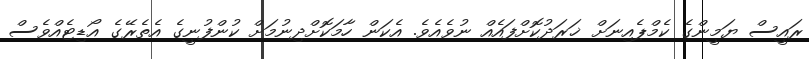
ރައީސް ޔަމީންގެ ކެމްޕެއިނަށް ޚަރަދުކޮށްފައެއް ނުވެއެވެ. އެކަން ހާމަކޮށްދިނުމަށް ކުންފުނީގެ އެތެރޭގެ އޯޑިޓެއްވެސް